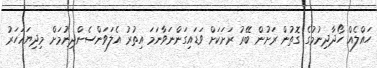
ހައްލެއް ހޯދާދިނުމުގެ ގޮތުން ރަށުން ބޭރު ރަށަކަށް ވަޑައިގަންނަވާނަމަ އިތުރު އެލަވަންސެންދިނުމަށް މިދިޔައަހަރު